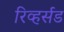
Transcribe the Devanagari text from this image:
रिव्हर्सड